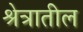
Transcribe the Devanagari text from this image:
श्रेत्रातील